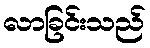
လာခြင်းသည်